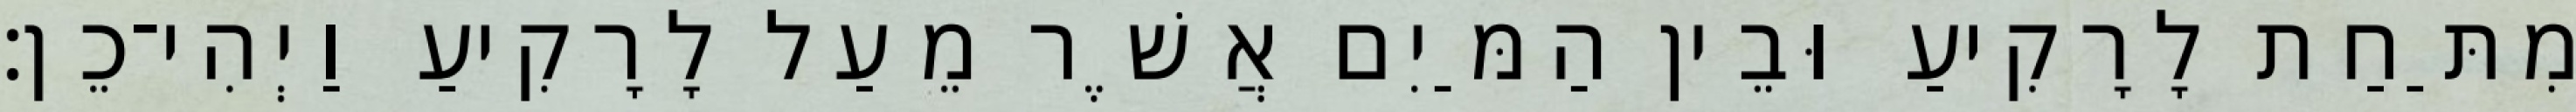
מִתַּחַת לָרָקִיעַ וּבֵין הַמַּיִם אֲשֶׁר מֵעַל לָרָקִיעַ וַיְהִי־כֵן׃